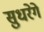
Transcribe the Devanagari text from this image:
सुधरेगे